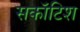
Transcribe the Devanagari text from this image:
सकॉटिश